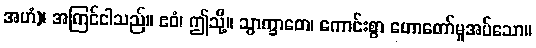
အဟံ)၊ အကြင်ငါသည်။ ဧဝံ၊ ဤသို့။ သွာက္ခာတေ၊ ကောင်းစွာ ဟောတော်မူအပ်သော။